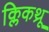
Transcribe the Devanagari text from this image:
क्लिकथ्रू